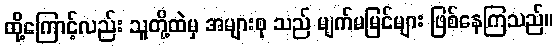
ထို့ကြောင့်လည်း သူတို့ထဲမှ အများစု သည် မျက်မမြင်များ ဖြစ်နေကြသည်။